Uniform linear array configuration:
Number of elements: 8
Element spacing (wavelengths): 0.25
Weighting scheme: kaiser
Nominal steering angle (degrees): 60
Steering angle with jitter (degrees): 61.245
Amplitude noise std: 0.05
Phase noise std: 0.05

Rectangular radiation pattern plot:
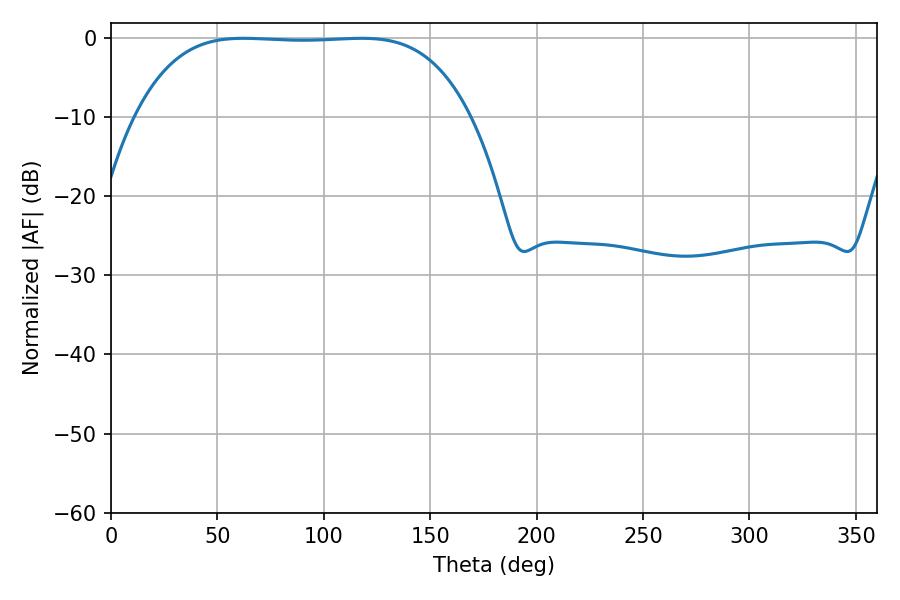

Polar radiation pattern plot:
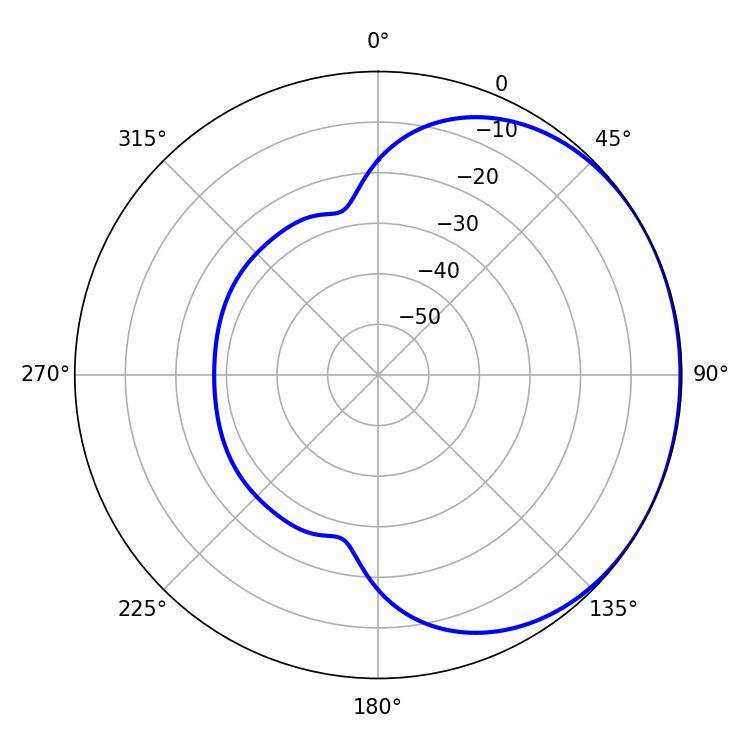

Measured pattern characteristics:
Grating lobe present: FALSE
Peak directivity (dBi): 0.7802
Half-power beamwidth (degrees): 121.68
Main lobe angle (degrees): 62.28